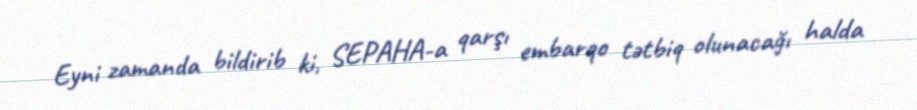
Eyni zamanda bildirib ki, SEPAHA-a qarşı embarqo tətbiq olunacağı halda